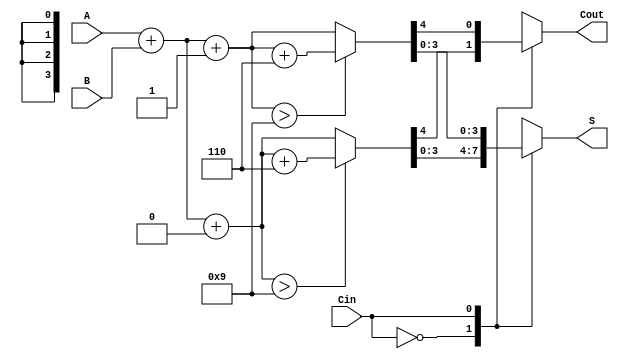
module BCD_MCSA (
    input [3:0] A,     // BCD Input A
    input [3:0] B,     // BCD Input B
    input Cin,         // Carry-in
    output reg [3:0] S, // BCD Sum Output
    output reg Cout     // Carry-out
);

    // Intermediate sums for carry select
    wire [4:0] Sum0;    // A + B + 0
    wire [4:0] Sum1;    // A + B + 1
    wire [4:0] Corrected_Sum0; // Corrected if Sum0 > 9
    wire [4:0] Corrected_Sum1; // Corrected if Sum1 > 9

    // Calculate the potential sums
    assign Sum0 = A + B + 0; // Sum with Cin = 0
    assign Sum1 = A + B + 1; // Sum with Cin = 1

    // BCD correction logic
    assign Corrected_Sum0 = (Sum0 > 9) ? (Sum0 + 6) : Sum0;
    assign Corrected_Sum1 = (Sum1 > 9) ? (Sum1 + 6) : Sum1;

    // Determine final output sum and carry-out
    always @(*) begin
        case (Cin)
            1'b0: begin
                S = Corrected_Sum0[3:0]; // Select corrected sum for Cin = 0
                Cout = Corrected_Sum0[4]; // Carry-out from Sum0
            end
            1'b1: begin
                S = Corrected_Sum1[3:0]; // Select corrected sum for Cin = 1
                Cout = Corrected_Sum1[4]; // Carry-out from Sum1
            end
            default: begin
                S = 4'b0000; // Default case (should not occur)
                Cout = 1'b0; // Default case (should not occur)
            end
        endcase
    end

endmodule